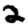
Digit: 2